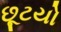
છૂટયો